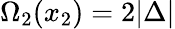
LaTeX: \Omega_{2}(x_{2})=2|\Delta|